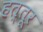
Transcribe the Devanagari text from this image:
हत्तूर